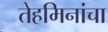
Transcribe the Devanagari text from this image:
तेहमिनांचा